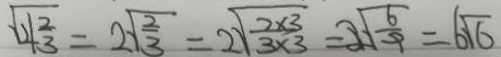
\sqrt { 4 \frac { 2 } { 3 } } = 2 \sqrt { \frac { 2 } { 3 } } = 2 \sqrt { \frac { 2 \times 3 } { 3 \times 3 } } = 2 \sqrt { \frac { 6 } { 9 } } = 6 \sqrt { 6 }